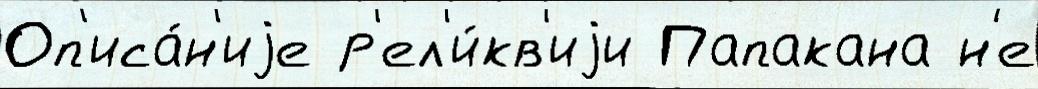
Оп'иса́н'иjе р'ел'и́кв'иjи Папакана н'е